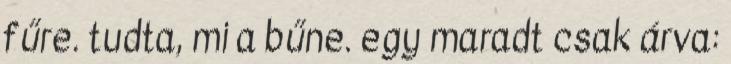
fűre. tudta, mi a bűne. egy maradt csak árva: